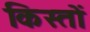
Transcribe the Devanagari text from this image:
किस्‍तों